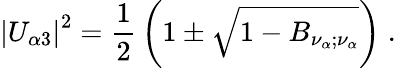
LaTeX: \left|U_{\alpha 3}\right|^{2}={\frac{1}{2}}\left(1\pm\sqrt{1-B_{\nu_{\alpha};\nu_{\alpha}}}\right)\; .